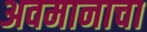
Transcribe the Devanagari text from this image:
अवमानाचा